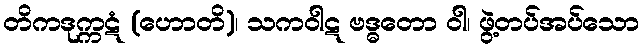
တိကဒုက္ကဋံ (ဟောတိ)၊ သကဝါဋ ဗဒ္ဓတော ဝါ၊ ဖွဲ့တပ်အပ်သော